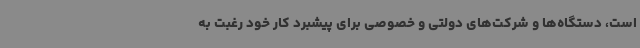
است، دستگاه‌ها و شرکت‌های دولتی و خصوصی برای پیشبرد کار خود رغبت به